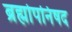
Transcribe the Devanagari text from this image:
ब्रह्मोपनिषद